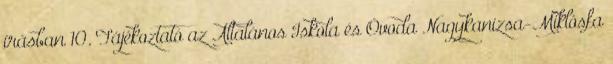
írásban 10. Tájékoztató az Általános Iskola és Óvoda Nagykanizsa-Miklósfa